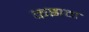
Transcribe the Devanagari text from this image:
कझन